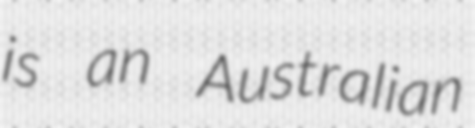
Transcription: is an Australian